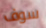
سوف